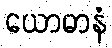
ယောဓာနံ